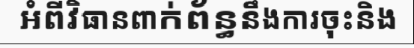
អំពីវិធានពាក់ព័ន្ធនឹងការចុះនិង